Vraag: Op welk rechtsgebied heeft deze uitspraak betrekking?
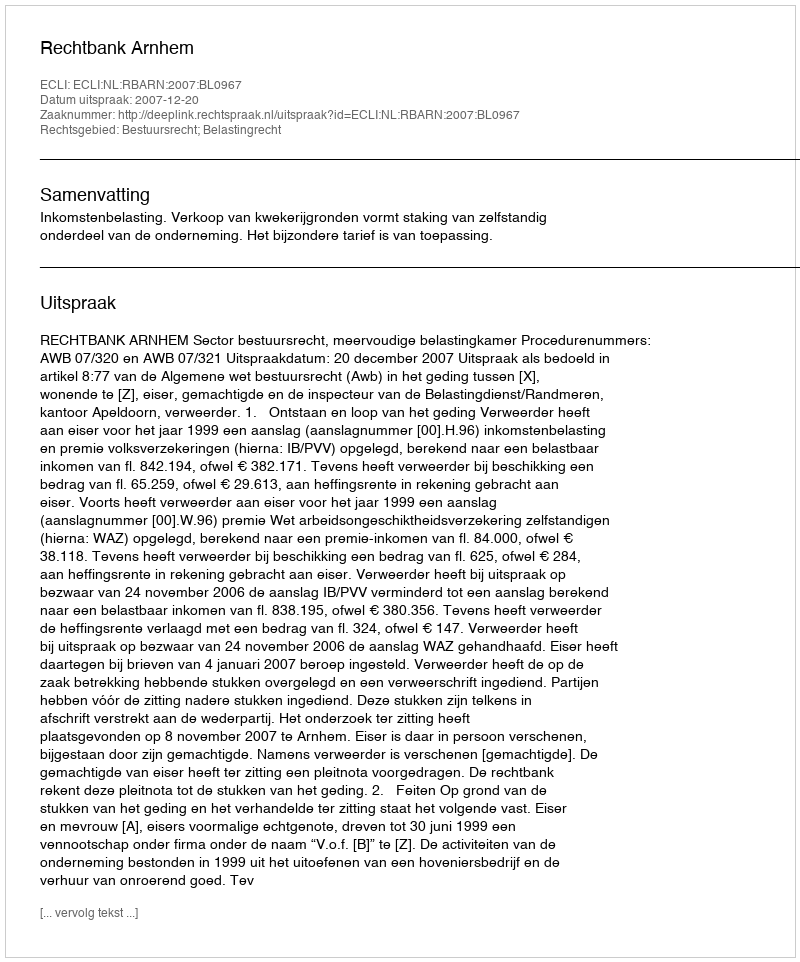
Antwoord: Bestuursrecht; Belastingrecht